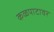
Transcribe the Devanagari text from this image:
कळपाटावर